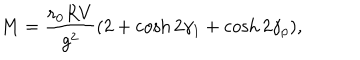
M = { \frac { r _ { 0 } R V } { g ^ { 2 } } } ( 2 + \cosh 2 \gamma _ { 1 } + \cosh 2 \gamma _ { p } ) ,